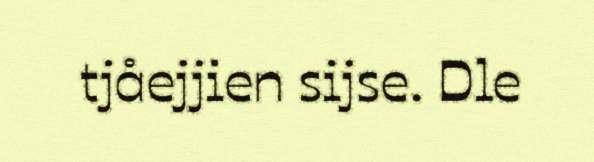
tjåejjien sijse. Dle